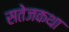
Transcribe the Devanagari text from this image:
सतेजकथा